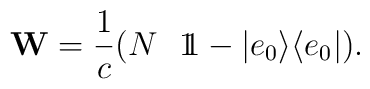
{\bf W}=\frac{1}{c} ( N~~{1\kern-0.35em\llap~1} -|e_0\rangle \langle e_0 | ).